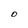
Character: O